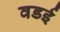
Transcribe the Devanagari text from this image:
वडई